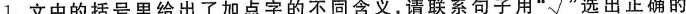
1. 文中的括号里给出了加点字的不同含义，请联系句子用 “√”选出正确的